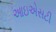
આઇએસટી